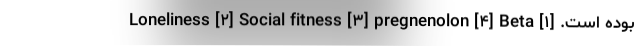
بوده است. [۱] Loneliness [۲] Social fitness [۳] pregnenolon [۴] Beta